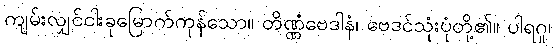
ကျမ်းလျှင်ငါးခုမြောက်ကုန်သော။ တိဏ္ဏံဗေဒါနံ၊ ဗေဒင်သုံးပုံတို့၏။ ပါရဂူ၊